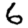
Digit: 6